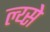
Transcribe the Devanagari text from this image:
ल्य्से